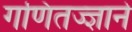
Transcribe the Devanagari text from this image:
गणितज्ज्ञाने